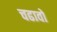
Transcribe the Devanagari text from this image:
चढावो